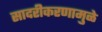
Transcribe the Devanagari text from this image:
सादरीकरणामुळे